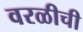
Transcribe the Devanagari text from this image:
वरळीची